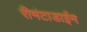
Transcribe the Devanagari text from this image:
रीमंटाडाईन